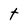
Character: t